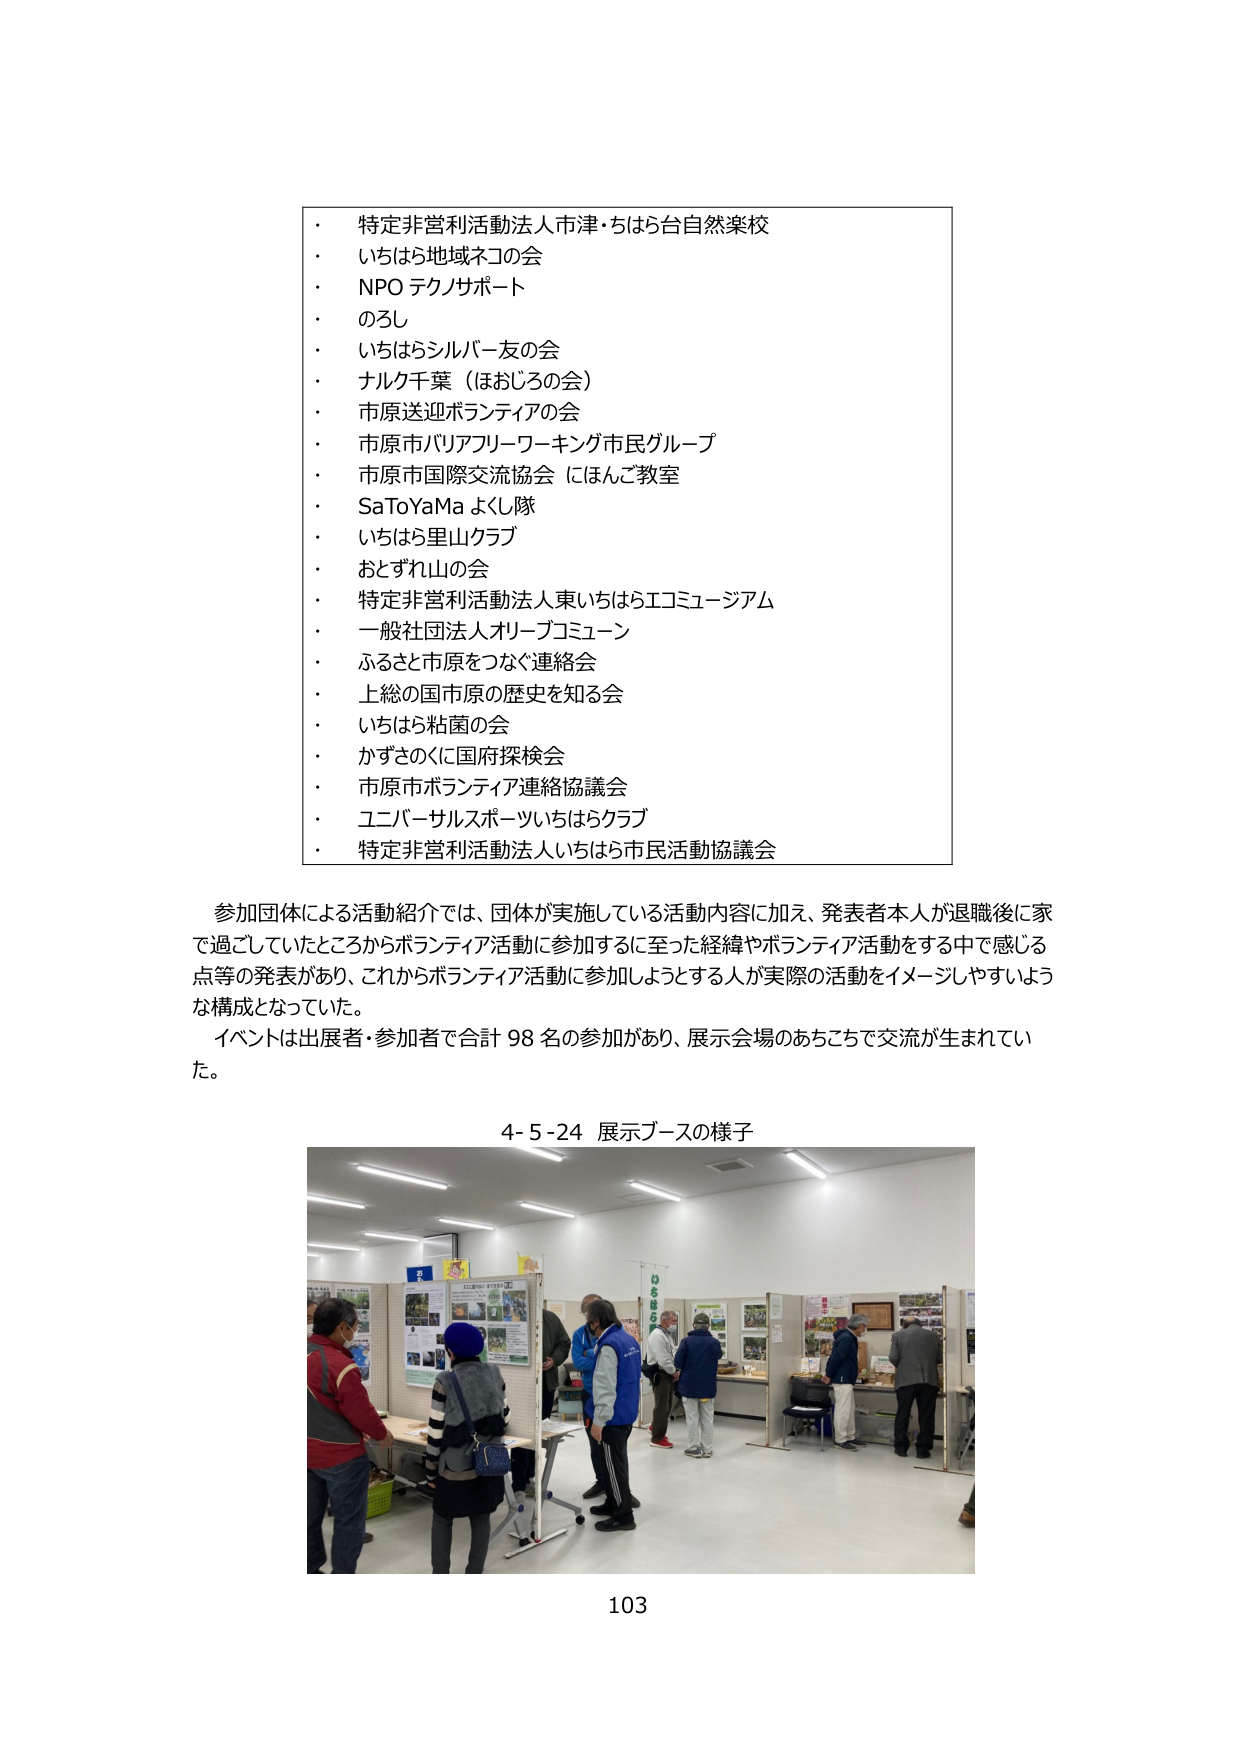
・ 特定非営利活動法人市津・ちはら台自然楽校
・ いちはら地域ネコの会
・ NPO テクノサポート
・ のろし
・ いちはらシルバー友の会
・ ナルク千葉（ほおじろの会）
・ 市原送迎ボランティアの会
・ 市原市バリアフリーワーキング市民グループ
・ 市原市国際交流協会 にほんご教室
・ SaToYaMa よし隊
・ いちはら里山クラブ
・ おとずれ山の会
・ 特定非営利活動法人東いちはらエコミュージアム
・ 一般社団法人オリーブコミューン
・ ふるさと市原をつなぐ連絡会
・ 上総の国市原の歴史を知る会
・ いちはら粘菌の会
・ かずさのくに国府探検会
・ 市原市ボランティア連絡協議会
・ ユニバーサルスポーツいちはらクラブ
・ 特定非営利活動法人いちはら市民活動協議会

参加団体による活動紹介では、団体が実施している活動内容に加え、発表者本人が退職後に家で過ごしていたところからボランティア活動に参加するに至った経緯やボランティア活動をする中で感じる点等の発表があり、これからボランティア活動に参加しようとする人が実際の活動をイメージしやすいような構成となっていた。
イベントは出展者・参加者で合計 98 名の参加があり、展示会場のあちこちで交流が生まれていた。

4-5-24 展示ブースの様子

103